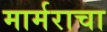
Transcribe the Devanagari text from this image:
मार्मराचा